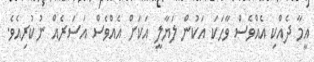
އީމާ ދެއްކި އެއްވެސް ވާހަކަ އަކުން ލަޔާލީ އަކަށް އެއްވެސް އަސަރެއް ނުކުރިއެވެ.